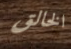
الخالق